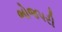
ભોજપરી